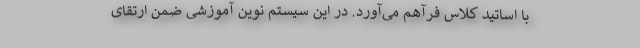
با اساتید کلاس فرآهم می‌آورد. در این سیستم نوین آموزشی ضمن ارتقای